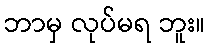
ဘာမှ လုပ်မရ ဘူး။